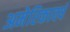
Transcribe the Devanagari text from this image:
अमेरिकावर्ष